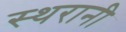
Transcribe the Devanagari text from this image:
स्थरानी